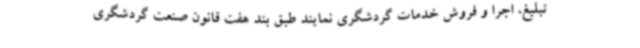
تبلیغ، اجرا و فروش خدمات گردشگری نمایند طبق بند هفت قانون صنعت گردشگری